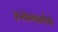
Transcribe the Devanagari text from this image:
उपयॊगकर्ताओ